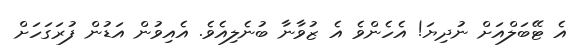
އެ ޓޭބަލްއަށް ނުދިޔަ! އެހެންވެ އެ ޒުވާނާ ބުނެލިއެވެ. އެއިވުން އަޑުން ފުރަގަހަށް